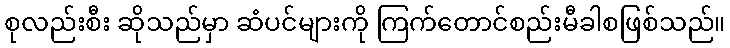
စုလည်းစီး ဆိုသည်မှာ ဆံပင်များကို ကြက်တောင်စည်းမီခါစဖြစ်သည်။